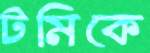
টমিকে